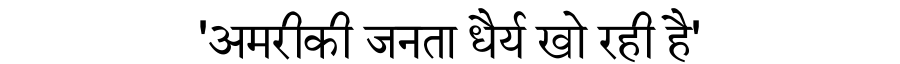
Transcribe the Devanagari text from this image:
'अमरीकी जनता धैर्य खो रही है'